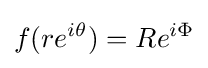
f(re^{i\theta })=Re^{i\Phi }